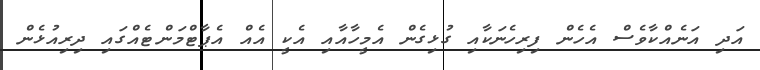
އަދި އަނެއްކާވެސް އެހެން ފިރިހެނަކާއި ގުޅިގެން އެމީހާއާއި އެކީ އެއް އެޕާޓްމަންޓެއްގައި ދިރިއުޅެން